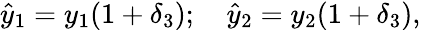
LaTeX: {\hat{y}}_{1}=y_{1}(1+\delta_{3});\quad{\hat{y}}_{2}=y_{2}(1+\delta_{3}),